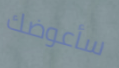
سأعوضك